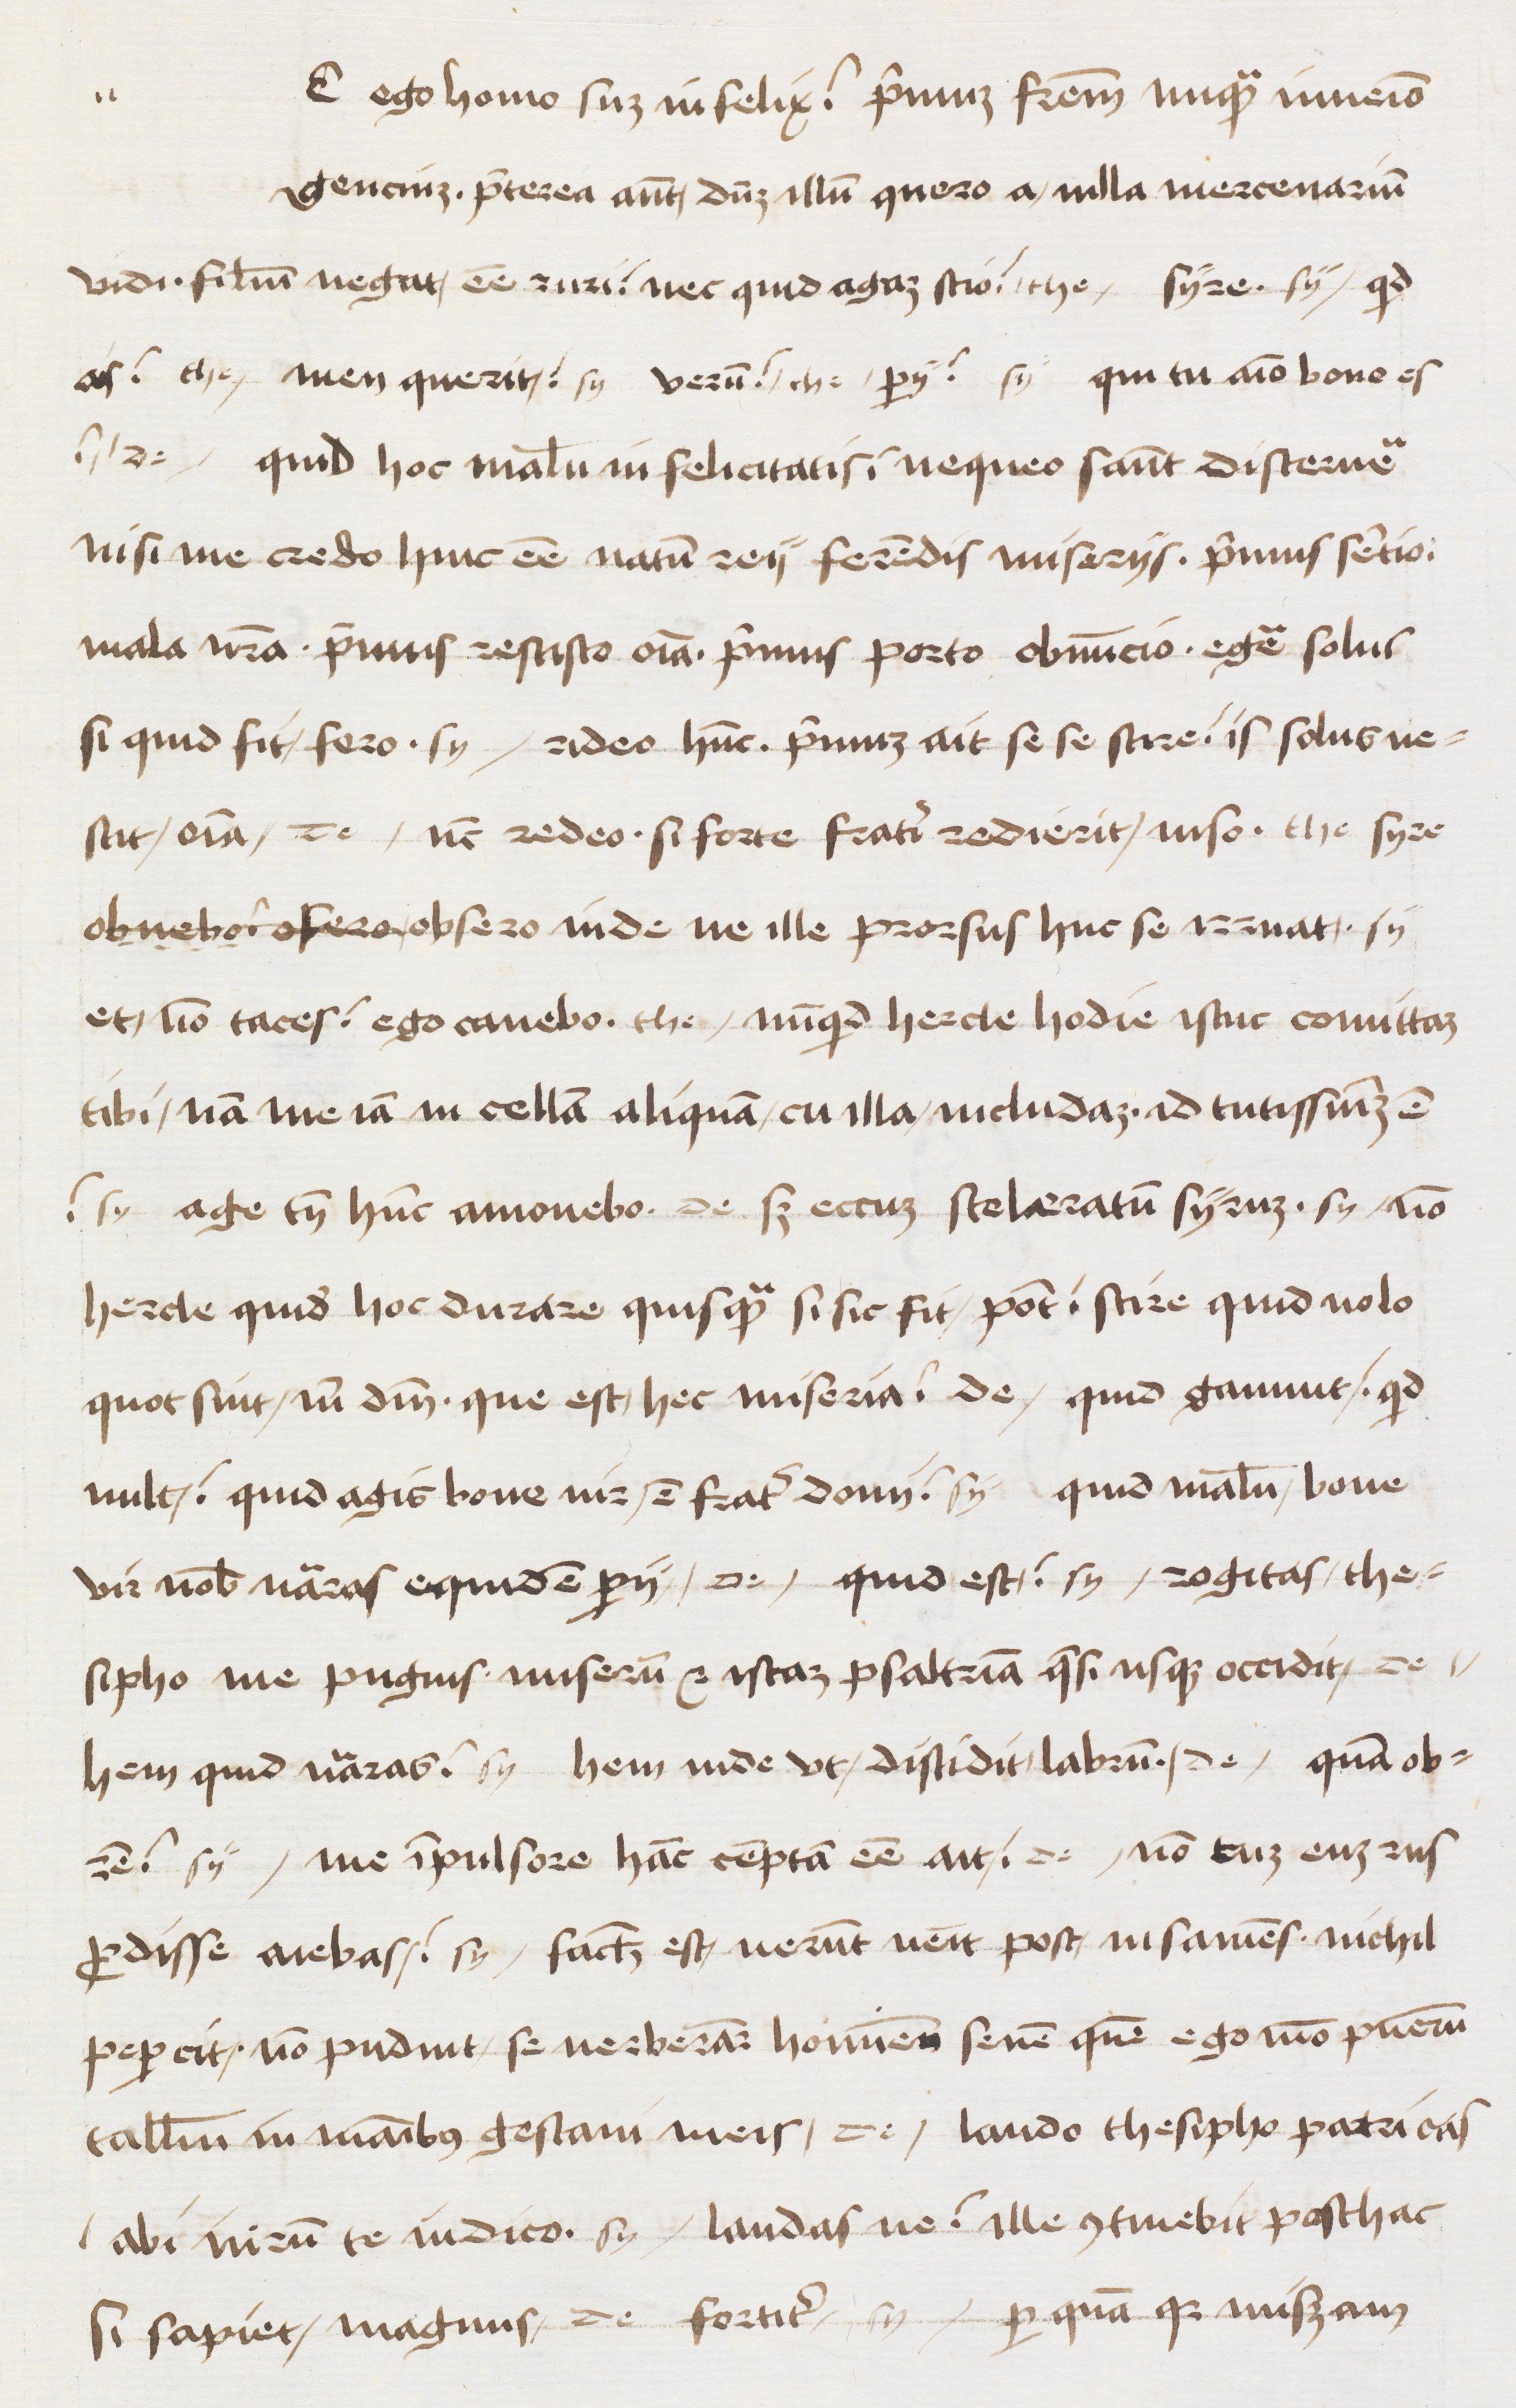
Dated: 1472–1477